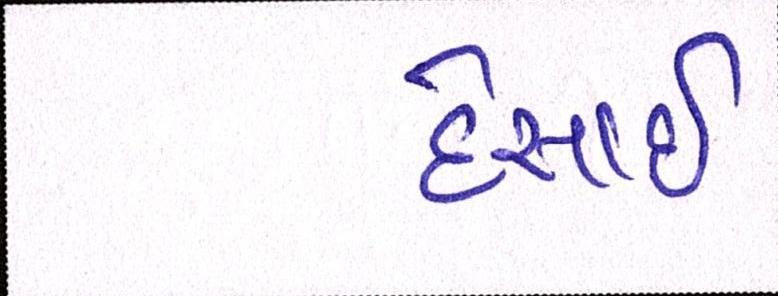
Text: દેસાઇ